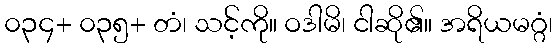
၀၃၄+ ၀၃၅+ တံ၊ သင့်ကို။ ဝဒါမိ၊ ငါဆို၏။ အရိယမဂ္ဂံ၊